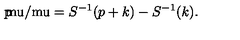
\mathrm { p \mkern - 8 m u / \mkern 0 m u } = S ^ { - 1 } ( p + k ) - S ^ { - 1 } ( k ) .